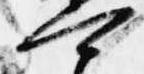
可